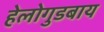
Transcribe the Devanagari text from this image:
हेलोगुडबाय